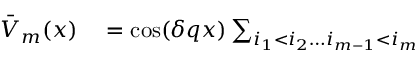
\begin{array} { r l } { \bar { V } _ { m } ( x ) } & { { } = \cos ( \delta q x ) \sum _ { i _ { 1 } < i _ { 2 } \ldots i _ { m - 1 } < i _ { m } } } \end{array}